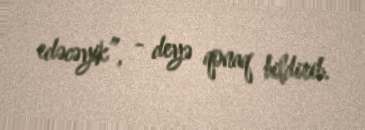
edəcəyik”, - deyə qonaq bildirib.